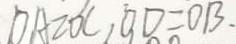
D A = O C , O D = O B .